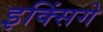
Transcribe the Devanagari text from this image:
इक्सिंगे